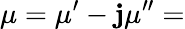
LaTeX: \mu=\mu^{\prime}-\mathbf{j}\mu^{\prime\prime}=